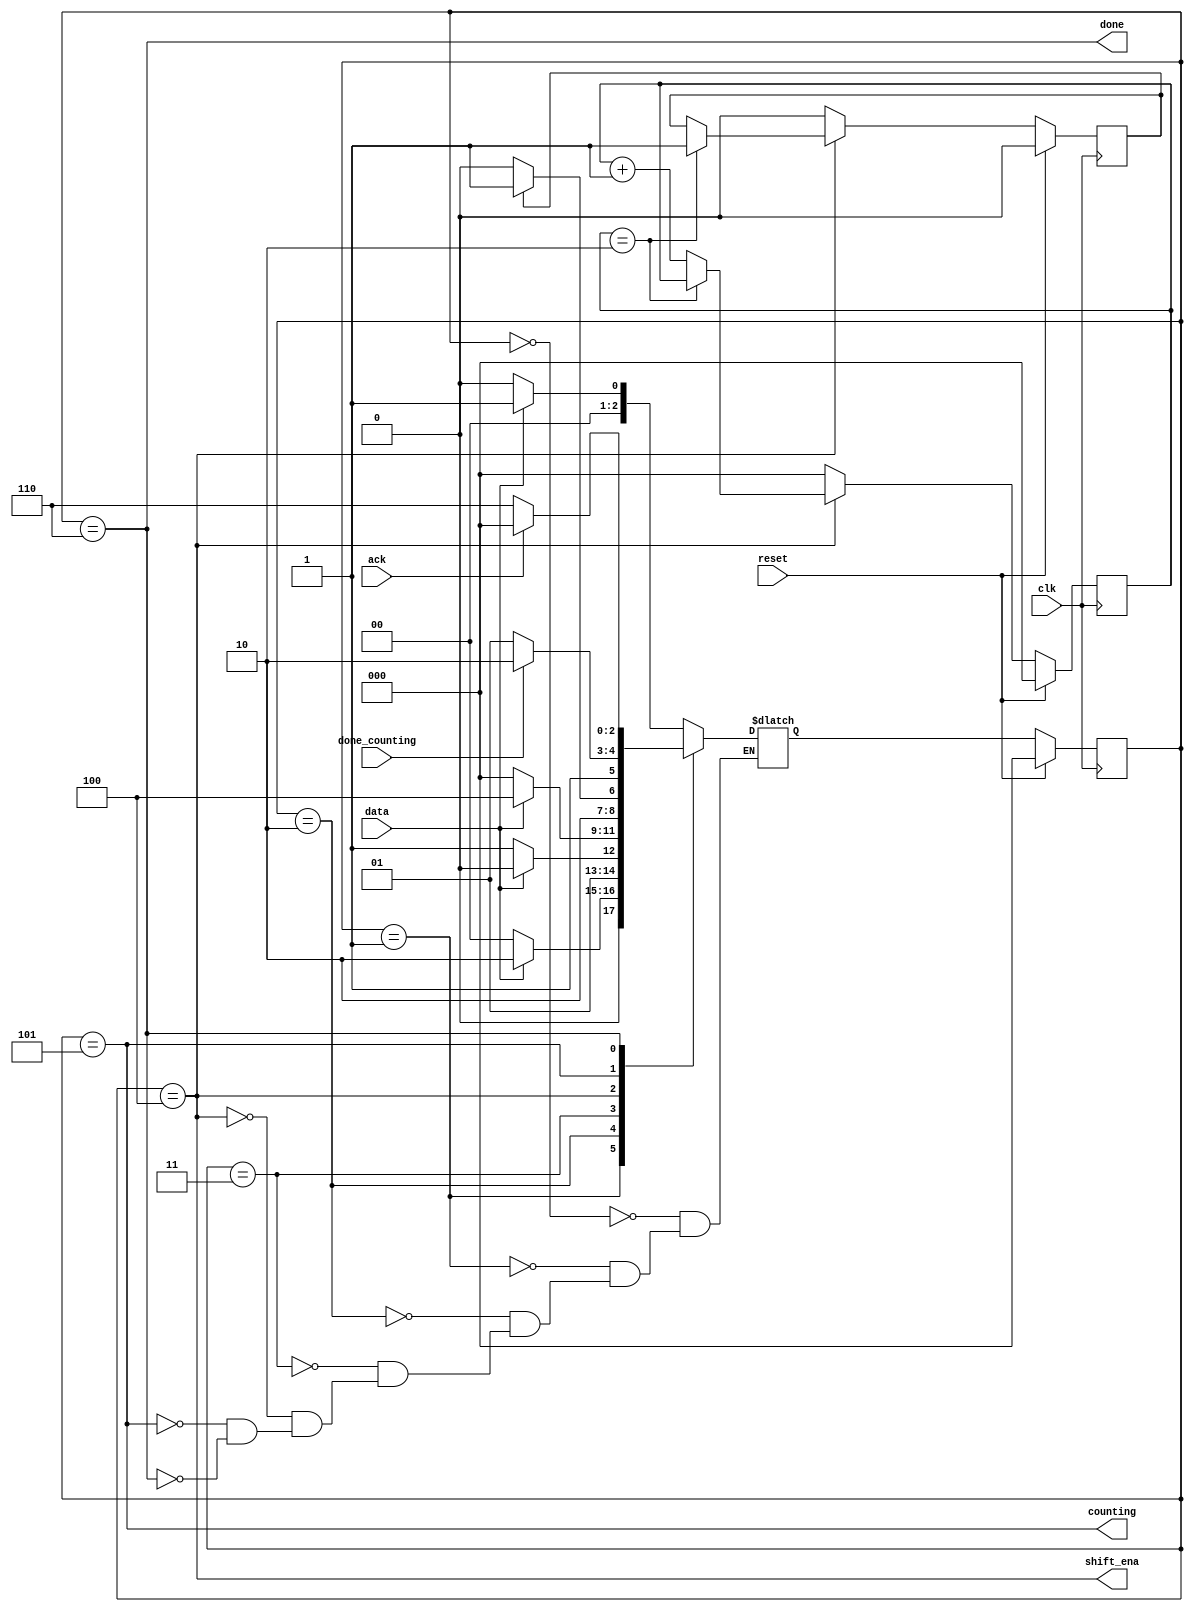
module top_module (
    input clk,
    input reset,      // Synchronous reset
    input data,
    output shift_ena,
    output counting,
    input done_counting,
    output done,
    input ack );
    
    parameter IDLE = 0 , SEQ_0 = 1 , SEQ_1 = 2 , SEQ_2 = 3 ;
    parameter SHIFT = 4 , COUNT = 5 , DONE = 6 ;
    reg [2:0] cstate , nstate ;
    reg shift_end ;
    reg [2:0] cnt ; 
    
    
    always @(posedge clk) begin
        if(reset) begin
            cstate <= IDLE ;
        end
        else begin
            cstate <= nstate ;
        end
    end
    
    always @(*) begin
        case(cstate)
            IDLE  : nstate = data ? SEQ_0 : IDLE  ;
            SEQ_0 : nstate = data ? SEQ_1 : IDLE  ;
            SEQ_1 : nstate = data ? SEQ_1 : SEQ_2 ;
            SEQ_2 : nstate = data ? SHIFT : IDLE  ;
            SHIFT : nstate = shift_end ? COUNT : SHIFT ;
            COUNT : nstate = done_counting ? DONE : COUNT ;
            DONE  : nstate = ack ? IDLE : DONE ;
        endcase
    end
    
    always @(posedge clk) begin
        if(reset) begin
            cnt <= 3'b000 ;
            shift_end <= 0 ;
        end
        else begin
            if(shift_ena) begin
                if(cnt == 2) begin
                    shift_end <= 1 ;
                end
                else begin
                    cnt <= cnt + 1 ;
                end
            end
            else begin
                shift_end <= 0 ;
                cnt <= 3'b000 ;
            end
        end
    end
    
    assign shift_ena = (cstate == SHIFT) ;
    assign counting = (cstate == COUNT) ;
    assign done = (cstate == DONE) ;

endmodule